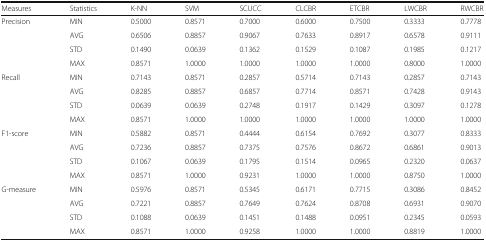
<table><thead><tr><td><b>Measures</b></td><td><b>Statistics</b></td><td><b>K-NN</b></td><td><b>SVM</b></td><td><b>SCUCC</b></td><td><b>CLCBR</b></td><td><b>ETCBR</b></td><td><b>LWCBR</b></td><td><b>RWCBR</b></td></tr></thead><tbody><tr><td rowspan="4">Precision</td><td>MIN</td><td>0.5000</td><td>0.8571</td><td>0.7000</td><td>0.6000</td><td>0.7500</td><td>0.3333</td><td>0.7778</td></tr><tr><td>AVG</td><td>0.6506</td><td>0.8857</td><td>0.9067</td><td>0.7633</td><td>0.8917</td><td>0.6578</td><td>0.9111</td></tr><tr><td>STD</td><td>0.1490</td><td>0.0639</td><td>0.1362</td><td>0.1529</td><td>0.1087</td><td>0.1985</td><td>0.1217</td></tr><tr><td>MAX</td><td>0.8571</td><td>1.0000</td><td>1.0000</td><td>1.0000</td><td>1.0000</td><td>0.8000</td><td>1.0000</td></tr><tr><td rowspan="4">Recall</td><td>MIN</td><td>0.7143</td><td>0.8571</td><td>0.2857</td><td>0.5714</td><td>0.7143</td><td>0.2857</td><td>0.7143</td></tr><tr><td>AVG</td><td>0.8285</td><td>0.8857</td><td>0.6857</td><td>0.7714</td><td>0.8571</td><td>0.7428</td><td>0.9143</td></tr><tr><td>STD</td><td>0.0639</td><td>0.0639</td><td>0.2748</td><td>0.1917</td><td>0.1429</td><td>0.3097</td><td>0.1278</td></tr><tr><td>MAX</td><td>0.8571</td><td>1.0000</td><td>1.0000</td><td>1.0000</td><td>1.0000</td><td>1.0000</td><td>1.0000</td></tr><tr><td rowspan="4">F1-score</td><td>MIN</td><td>0.5882</td><td>0.8571</td><td>0.4444</td><td>0.6154</td><td>0.7692</td><td>0.3077</td><td>0.8333</td></tr><tr><td>AVG</td><td>0.7236</td><td>0.8857</td><td>0.7375</td><td>0.7576</td><td>0.8672</td><td>0.6861</td><td>0.9013</td></tr><tr><td>STD</td><td>0.1067</td><td>0.0639</td><td>0.1795</td><td>0.1514</td><td>0.0965</td><td>0.2320</td><td>0.0637</td></tr><tr><td>MAX</td><td>0.8571</td><td>1.0000</td><td>0.9231</td><td>1.0000</td><td>1.0000</td><td>0.8750</td><td>1.0000</td></tr><tr><td rowspan="4">G-measure</td><td>MIN</td><td>0.5976</td><td>0.8571</td><td>0.5345</td><td>0.6171</td><td>0.7715</td><td>0.3086</td><td>0.8452</td></tr><tr><td>AVG</td><td>0.7221</td><td>0.8857</td><td>0.7649</td><td>0.7624</td><td>0.8708</td><td>0.6931</td><td>0.9070</td></tr><tr><td>STD</td><td>0.1088</td><td>0.0639</td><td>0.1451</td><td>0.1488</td><td>0.0951</td><td>0.2345</td><td>0.0593</td></tr><tr><td>MAX</td><td>0.8571</td><td>1.0000</td><td>0.9258</td><td>1.0000</td><td>1.0000</td><td>0.8819</td><td>1.0000</td></tr></tbody></table>